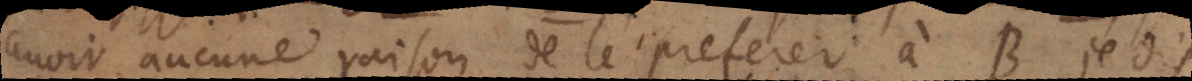
avoir aucune raison de le preferer à B, je dis